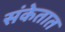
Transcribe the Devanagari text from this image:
संकेतात